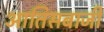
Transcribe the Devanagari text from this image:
आतिसबाजी